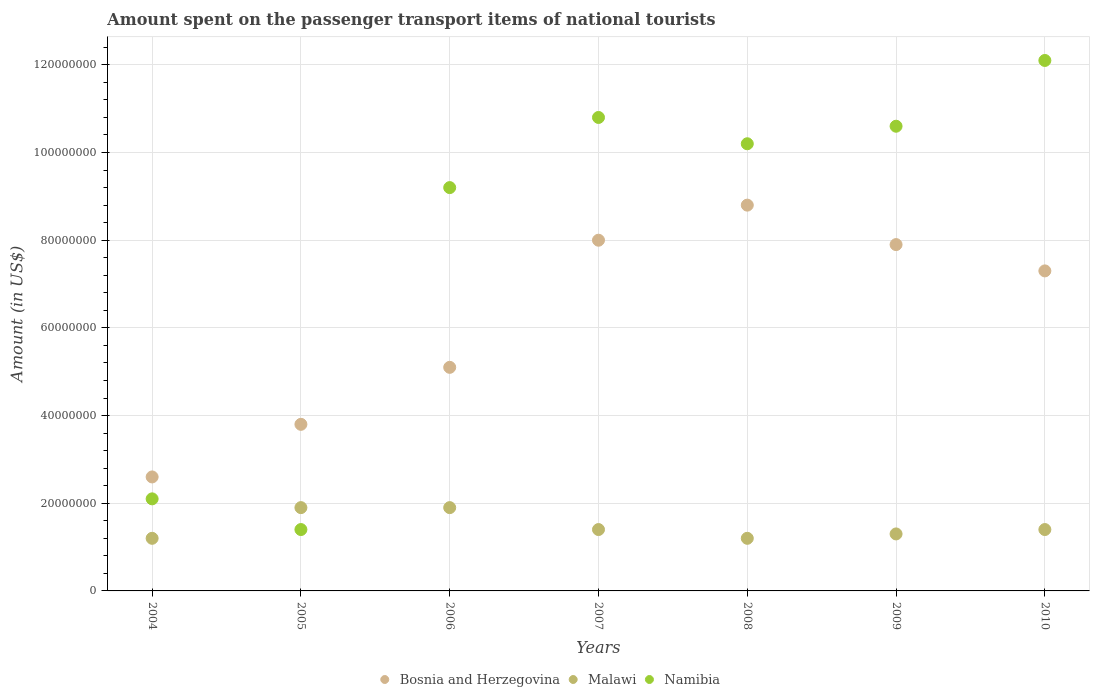
| Years | Bosnia and Herzegovina | Malawi | Namibia |
 | --- | --- | --- | --- |
 | 2004 | 2.6e+07 | 1.2e+07 | 2.1e+07 |
 | 2005 | 3.8e+07 | 1.9e+07 | 1.4e+07 |
 | 2006 | 5.1e+07 | 1.9e+07 | 9.2e+07 |
 | 2007 | 8e+07 | 1.4e+07 | 1.08e+08 |
 | 2008 | 8.8e+07 | 1.2e+07 | 1.02e+08 |
 | 2009 | 7.9e+07 | 1.3e+07 | 1.06e+08 |
 | 2010 | 7.3e+07 | 1.4e+07 | 1.21e+08 |